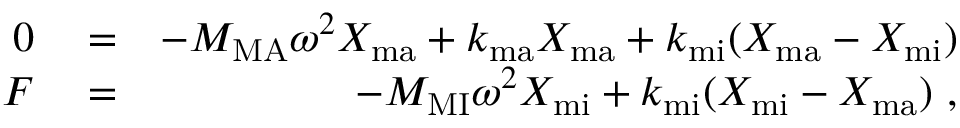
\begin{array} { r l r } { 0 } & { { } = } & { - M _ { \mathrm { M A } } \omega ^ { 2 } X _ { \mathrm { m a } } + k _ { \mathrm { m a } } X _ { \mathrm { m a } } + k _ { \mathrm { m i } } ( X _ { \mathrm { m a } } - X _ { \mathrm { m i } } ) } \\ { F } & { { } = } & { - M _ { \mathrm { M I } } \omega ^ { 2 } X _ { \mathrm { m i } } + k _ { \mathrm { m i } } ( X _ { \mathrm { m i } } - X _ { \mathrm { m a } } ) ~ , } \end{array}